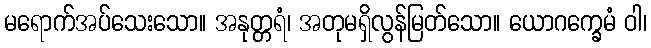
မရောက်အပ်သေးသော။ အနုတ္တရံ၊ အတုမရှိလွန်မြတ်သော။ ယောဂက္ခေမံ ဝါ၊